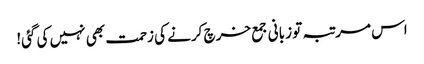
اس مرتبہ تو زبانی جمع خرچ کرنے کی زحمت بھی نہیں کی گئی!